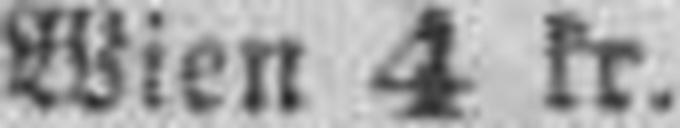
Wien 4 kr.